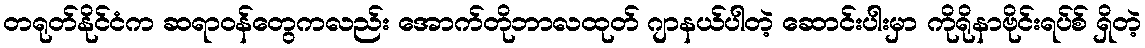
တရုတ်နိုင်ငံက ဆရာဝန်တွေကလည်း အောက်တိုဘာလထုတ် ဂျာနယ်ပါတဲ့ ဆောင်းပါးမှာ ကိုရိုနာဗိုင်းရပ်စ် ရှိတဲ့